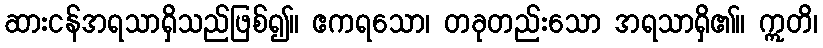
ဆားငန်အရသာရှိသည်ဖြစ်၍။ ဧကရသော၊ တခုတည်းသော အရသာရှိ၏။ ဣတိ၊